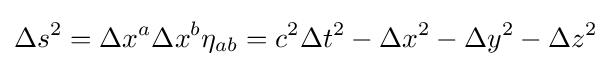
\Delta s^{2}=\Delta x^{a}\Delta x^{b}\eta _{ab}=c^{2}\Delta t^{2}-\Delta x^{2}-\Delta y^{2}-\Delta z^{2}